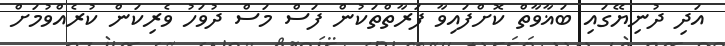
އަދި ދުނިޔޭގައި ބަޣާވާތް ކޮށްފައިވާ ފަރާތްތަކުން ފަސް މަސް ދުވަހު ވެރިކަން ކުރެއްވުމަށް